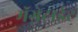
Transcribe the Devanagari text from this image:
मॅग्नेटाईट